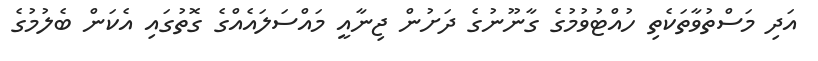
އަދި މަސްތުވާތަކެތި ހުއްޓުވުމުގެ ގާނޫނުގެ ދަށުން ޖިނާއީ މައްސަލައެއްގެ ގޮތުގައި އެކަން ބެލުމުގެ